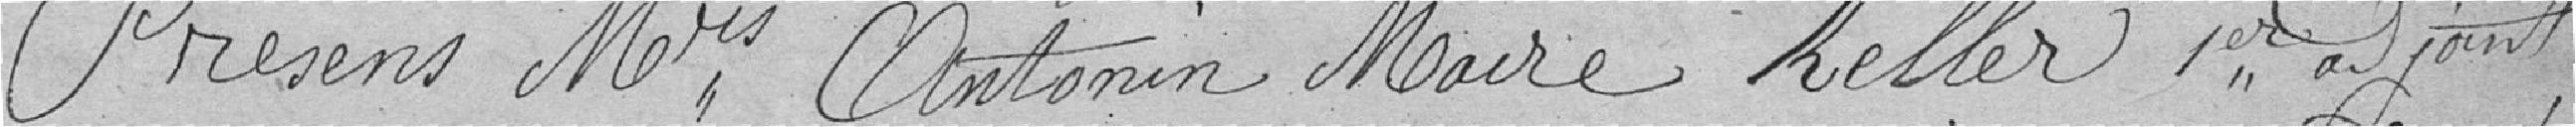
Présents Mrs Antonin Maire Keller 1er adjoint